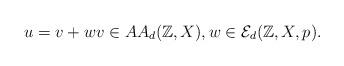
LaTeX: \begin{align*}u = v+w v\in AA_d(\mathbb{Z},X) , w\in\mathcal{E}_d(\mathbb{Z},X,p).\end{align*}